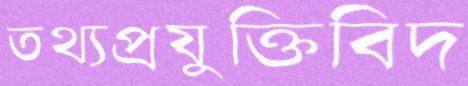
তথ্যপ্রযুক্তিবিদ